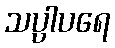
သပ္ပါပရေ